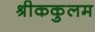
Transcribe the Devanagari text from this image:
श्रीककुलम